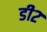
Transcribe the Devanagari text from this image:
डी२